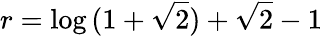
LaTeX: r=\log{(1+\sqrt{2})}+\sqrt{2}-1